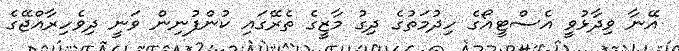
އޭނާ ވިދާޅުވީ އެސްޓީއޯގެ ހިދުމަތުގެ ދިގު މާޒީގެ ތެރޭގައި ކުންފުނިން ވަނީ ދިވެހިރާއްޖޭގެ